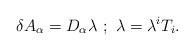
LaTeX: \begin{align*}\delta A_{\alpha} = D_{\alpha} \lambda\,\,;\,\,\lambda = \lambda^{i}T_{i}.\end{align*}